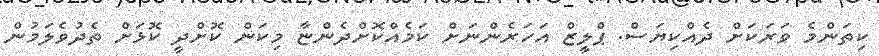
ކިތަންމެ ވަރަކަށް ދެއްކިޔަސް. ޕްލީޒް އަހަރެންނަށް ކަމެއްކޮށްދެންޏާ މިކަން ކޮށްދީ ކޮޅަށް ތެދުވެލަމުން